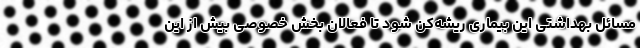
مسائل بهداشتی این بیماری ریشه‌کن شود تا فعالان بخش خصوصی بیش از این